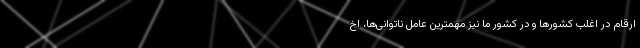
ارقام در اغلب کشورها و در کشور ما نیز مهمترین عامل ناتوانی‌ها، اخ